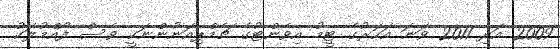
2009 އަދި 2011 ވަނަ އަހަރުގެ ޓީމު އިވެންޓުގެ ޗެމްޕިއަނުންނަކީ ވެސް ފޯއްމުލަކު